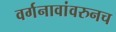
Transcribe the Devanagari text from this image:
वर्गनावांवरुनच